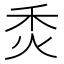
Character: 𤇫